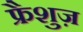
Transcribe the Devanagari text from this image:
फ्रैशुज़